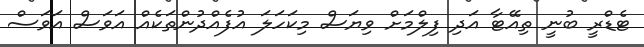
ޓެޑްރީ ބުނީ ތިއޭޓާ އަދި ފިލްމަށް ވިޔަސް މިކަހަލަ އުފެއްދުންތަކެއް އަވަސް އަވަސް